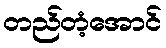
တည်တံ့အောင်